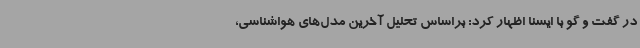
در گفت و گو با ایسنا اظهار کرد: براساس تحلیل آخرین مدل‌های هواشناسی،